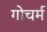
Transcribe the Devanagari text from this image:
गोचर्म